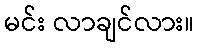
မင်း လာချင်လား။